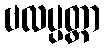
ဗလပ္ပတ္တာ